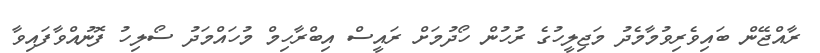
ރާއްޖޭން ބައިވެރިވުމާމެދު މަޖިލީހުގެ ރުހުން ހޯދުމަށް ރައީސް އިބްރާހިމް މުހައްމަދު ސޯލިހު ފޮނުއްވާފައިވާ